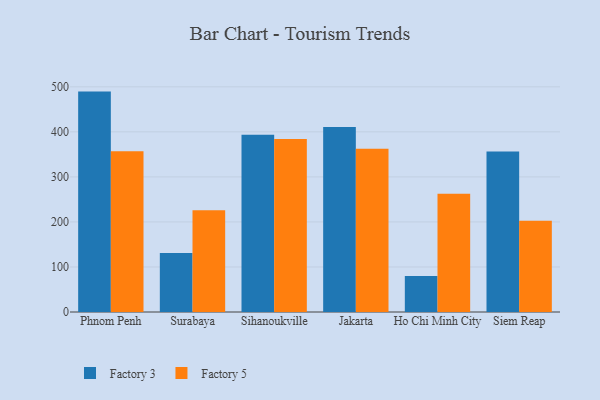
{"axis": {"x": "City", "y": "Inventory Turnover"}, "legend": ["Factory 3", "Factory 5"], "data": [{"x": "Phnom Penh", "y": 489.4, "type": "Factory 3"}, {"x": "Phnom Penh", "y": 356.7, "type": "Factory 5"}, {"x": "Surabaya", "y": 131.0, "type": "Factory 3"}, {"x": "Surabaya", "y": 226.1, "type": "Factory 5"}, {"x": "Sihanoukville", "y": 393.8, "type": "Factory 3"}, {"x": "Sihanoukville", "y": 384.0, "type": "Factory 5"}, {"x": "Jakarta", "y": 410.8, "type": "Factory 3"}, {"x": "Jakarta", "y": 362.7, "type": "Factory 5"}, {"x": "Ho Chi Minh City", "y": 80.2, "type": "Factory 3"}, {"x": "Ho Chi Minh City", "y": 262.3, "type": "Factory 5"}, {"x": "Siem Reap", "y": 356.4, "type": "Factory 3"}, {"x": "Siem Reap", "y": 202.8, "type": "Factory 5"}]}